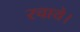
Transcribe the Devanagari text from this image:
रचाये।